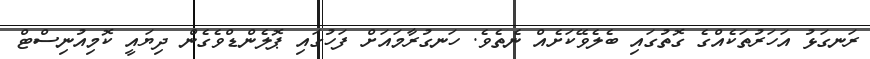
ރަނގަޅު އަހަރުތަކެއްގެ ގޮތުގައި ބެލެވޭކަށެއް ނެތެވެ. ހަނގުރާމައަށް ފަހުގައި ޕޮލެންޑްވެގެން ދިޔައީ ކޮމިއުނިސްޓް